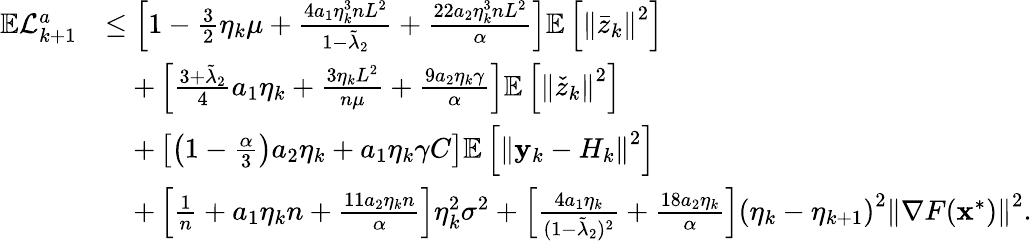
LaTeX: \begin{array}{rl}{\mathbb{E}\mathcal{L}_{k+1}^{a}}&{\leq\left[1-\frac{3}{2}\eta_{k}\mu+\frac{4a_{1}\eta_{k}^{3}nL^{2}}{1-\tilde{\lambda}_{2}}+\frac{22a_{2}\eta_{k}^{3}nL^{2}}{\alpha}\right]\mathbb{E}\left[\left\Vert\bar{z}_{k}\right\Vert^{2}\right]}\\ &{\quad+\left[\frac{3+\tilde{\lambda}_{2}}{4}a_{1}\eta_{k}+\frac{3\eta_{k}L^{2}}{n\mu}+\frac{9a_{2}\eta_{k}\gamma}{\alpha}\right]\mathbb{E}\left[\left\Vert\check{z}_{k}\right\Vert^{2}\right]}\\ &{\quad+\left[\left(1-\frac{\alpha}{3}\right)a_{2}\eta_{k}+a_{1}\eta_{k}\gamma C\right]\mathbb{E}\left[\left\Vert\mathbf{y}_{k}-H_{k}\right\Vert^{2}\right]}\\ &{\quad+\left[\frac{1}{n}+a_{1}\eta_{k}n+\frac{11a_{2}\eta_{k}n}{\alpha}\right]\eta_{k}^{2}\sigma^{2}+\left[\frac{4a_{1}\eta_{k}}{(1-\tilde{\lambda}_{2})^{2}}+\frac{18a_{2}\eta_{k}}{\alpha}\right]\left(\eta_{k}-\eta_{k+1}\right)^{2}\left\Vert\nabla F(\mathbf{x}^{*})\right\Vert^{2}.}\end{array}